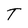
Character: T